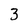
Character: 3